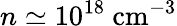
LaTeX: n\simeq 10^{18}~\mathrm{cm}^{-3}